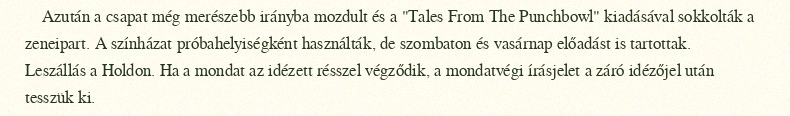
Azután a csapat még merészebb irányba mozdult és a "Tales From The Punchbowl" kiadásával sokkolták a zeneipart. A színházat próbahelyiségként használták, de szombaton és vasárnap előadást is tartottak. Leszállás a Holdon. Ha a mondat az idézett résszel végződik, a mondatvégi írásjelet a záró idézőjel után tesszük ki.